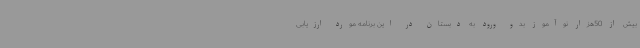
بیش از 50هزار نوآموز بدو ورود به دبستان در این برنامه مورد ارزیابی